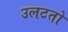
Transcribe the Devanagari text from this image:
उलटतो